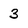
Character: 3